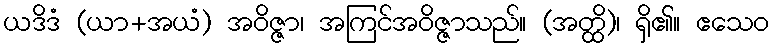
ယဒိဒံ (ယာ+အယံ) အဝိဇ္ဇာ၊ အကြင်အဝိဇ္ဇာသည်။ (အတ္ထိ)၊ ရှိ၏။ ဧသေဝ